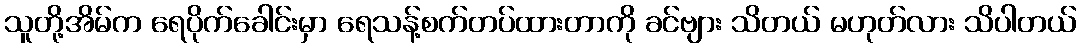
သူတို့အိမ်က ရေပိုက်ခေါင်းမှာ ရေသန့်စက်တပ်ထားတာကို ခင်ဗျား သိတယ် မဟုတ်လား သိပါတယ်